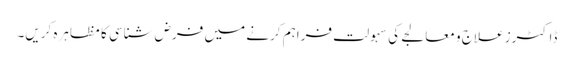
ڈاکٹرز علاج و معالجے کی سہولت فراہم کرنے میں فرض شناسی کا مظاہرہ کریں۔